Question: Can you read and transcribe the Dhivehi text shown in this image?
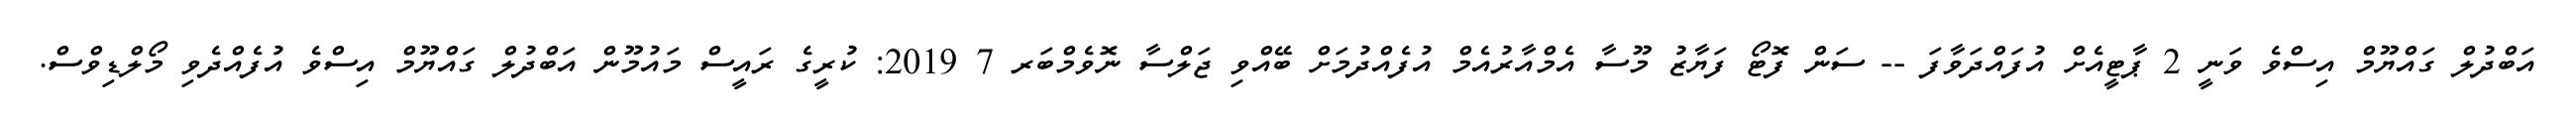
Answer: އަބްދުލް ގައްޔޫމް އިސްވެ ވަނީ 2 ޕާޓީއެށް އުފައްދަވާފަ -- ސަން ފޮޓޯ ފަޔާޒު މޫސާ އެމްއާރުއެމް އުފެއްދުމަށް ބޭއްވި ޖަލްސާ ނޮވެމްބަރ 7 2019: ކުރީގެ ރައީސް މައުމޫން އަބްދުލް ގައްޔޫމް އިސްވެ އުފެއްދެވި މޯލްޑިވްސް.